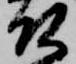
頭